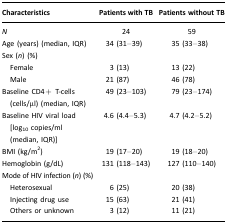
| Characteristics | Patients with TB | Patients without TB |
 | --- | --- | --- |
 | N | 24 | 59 |
 | Age (years) (median, IQR) | 34 (31–39) | 35 (33–38) |
 | Sex (n) (%) |  |  |
 | Female | 3 (13) | 13 (22) |
 | Male | 21 (87) | 46 (78) |
 | Baseline CD4+ T-cells (cells/μl) (median, IQR) | 49 (23–103) | 79 (23–174) |
 | Baseline HIV viral load [log10 copies/ml (median, IQR)] | 4.6 (4.4–5.3) | 4.7 (4.2–5.2) |
 | BMI (kg/m2) | 19 (17–20) | 19 (18–20) |
 | Hemoglobin (g/dL) | 131 (118–143) | 127 (110–140) |
 | Mode of HIV infection (n) (%) |  |  |
 | Heterosexual | 6 (25) | 20 (38) |
 | Injecting drug use | 15 (63) | 21 (41) |
 | Others or unknown | 3 (12) | 11 (21) |